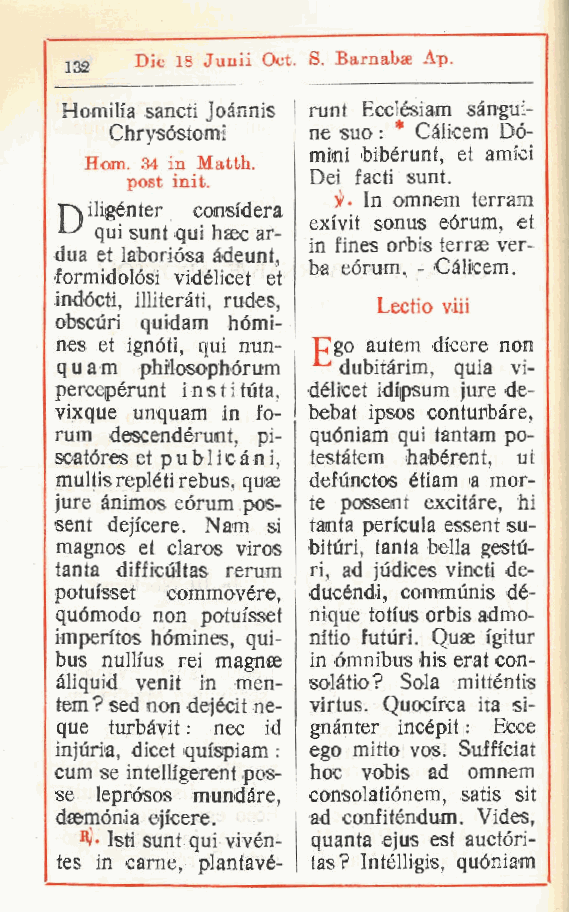
Die 18 Junii Oct. S. Barnabae Ap.
 132
 Homih'a sancti Joànnis runt Ecclésiam sangui-
 Chrysóstomi  ne suo : * Càlicem Dò-
 mini bibérunt, et amici
 Hom. 34 in Matth.
 post init.   Dei facti sunt.
 In omnem terram
 r\ iligénter considera
 qui sunt      exivit sonus eórum, et
 qui haec ar-
 in fines orbis terrse ver-
 dua et laiboriósa àdeunt
 , ba eórum. - Càlicem.
 .formidolósi vidélicet et
 indócti, illiteràti rudes, Lectio viii
 ,
 obscùri quidam hómi-
 nes et ignòti qui nun- Ugo autem dicere non
 ,         d
 q u a m philosophórum ubitàrim, quia vi-
 percepérunt insti tuta, délicet idipsum jure de-
 vixque unquam in fo- bebat ipsos conturbare,
 rum descendérunt pi- quòniam qui tantam po-
 ,
 soatóres et publicàni testàtem habérent, ut
 ,
 multis repléti rebus, quse defùnctos étiam a mor-
 jure ànimos eórum pos- te possent excitàre, hi
 sent dejicere. Nam si tanta pen'cula essent su-
 magnos et claros viros bituri, tanta bella gestù-
 tanta difficùltas rerum ri, ad jùdices vincti de-
 potufsset commovére, ducéndi, commùnis dé-
 quómodo non potuisset nique totius orbis admo-
 imperitos hómines qui- nftio futuri. Quae igitur
 ,
 bus nullfus rei magnae in òmnibus bis erat con-
 àliquid venit in men- solàtio? Sola mitténtis
 tem ? sed non dejécit ne- virtus. Quocirca ita si-
 que turbàvit : nec id gnànter incépit : Ecce
 injùria dicet quispiam : ego mitto vos. Sufficiat
 ,
 cum se intelligerent pos- hoc vobis ad omnem
 se leprósos mundare consolatiònem, satis sit
 ,
 daemónia ejicere. ad confiténdum. Vides,
 Isti sunt qui vivén- quanta ejus est auctóri-
 tes in carne, plantavé- tas? Intélligis, quòniam